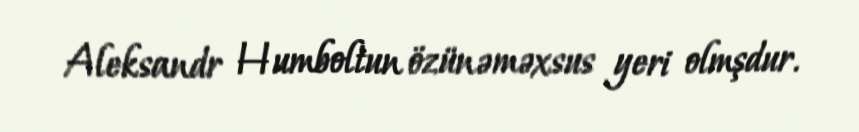
Aleksandr Humboltun özünəməxsus yeri olmşdur.